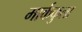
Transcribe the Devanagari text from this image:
मार्ककुला